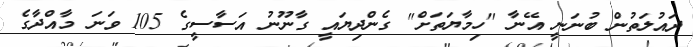
ދައުލަތުން ބުނަނީ އޭނާ "ހިމާޔަތަށް" ގެންދިޔައީ ގާނޫނު އަސާސީގެ 105 ވަނަ މާއްދާގެ